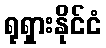
ရုရှားနိုင်ငံ